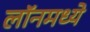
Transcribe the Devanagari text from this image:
लॉनमध्ये